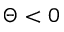
\Theta < 0